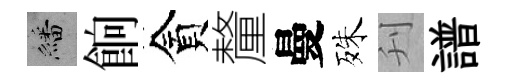
繙餉貪釐曼殊刋譜